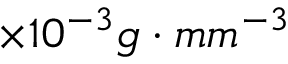
\times 1 0 ^ { - 3 } g \cdot m m ^ { - 3 }